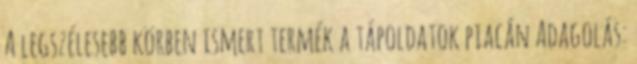
A legszélesebb körben ismert termék a tápoldatok piacán Adagolás: